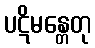
ပဋိမန္တေတု